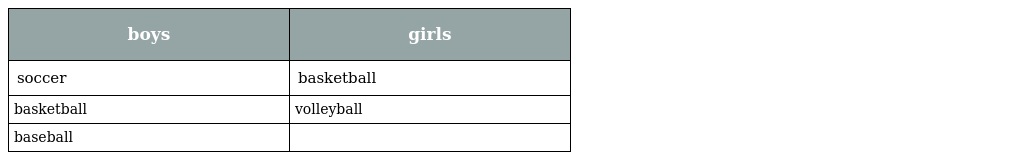
| boys | girls |
 | --- | --- |
 | soccer | basketball |
 | basketball | volleyball |
 | baseball |  |